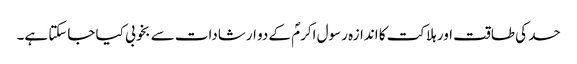
حسد کی طاقت اور ہلاکت کا اندازہ رسول اکرمؐ کے دو ارشادات سے بخوبی کیا جاسکتا ہے۔